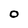
Character: O